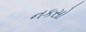
નકસો